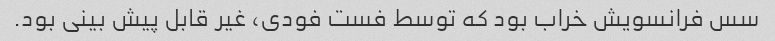
سس فرانسویش خراب بود که توسط فست فودی، غیر قابل پیش بینی بود.